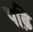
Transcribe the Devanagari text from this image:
पढ़ि